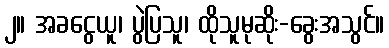
၂။ အခငွေယူ၊ ပွဲပြသူ၊ ထိုသူမုဆိုး-ခွေးအသွင်။